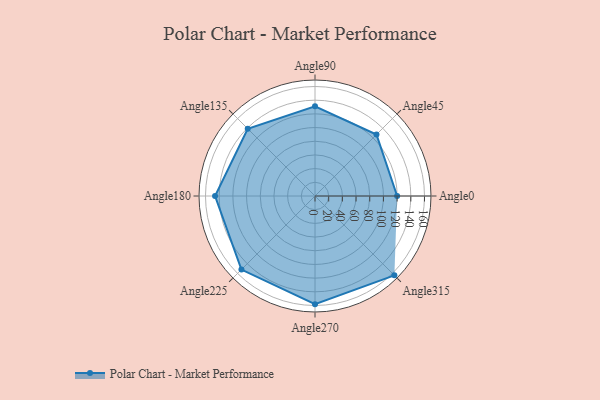
{"axis": {"x": "Angle", "y": "Radius"}, "legend": [""], "data": [{"x": "Angle0", "y": 120.0, "type": ""}, {"x": "Angle45", "y": 127.0, "type": ""}, {"x": "Angle90", "y": 131.0, "type": ""}, {"x": "Angle135", "y": 139.0, "type": ""}, {"x": "Angle180", "y": 146.0, "type": ""}, {"x": "Angle225", "y": 152.0, "type": ""}, {"x": "Angle270", "y": 158.0, "type": ""}, {"x": "Angle315", "y": 164.0, "type": ""}]}